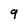
Character: q